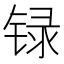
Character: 𲈊